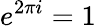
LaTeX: e^{2\pi i}=1